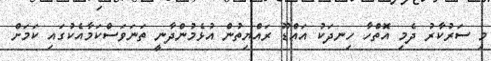
މި ސަރުކާރު ދެމި އޮތްހާ ހިނދަކު އައްޑޫ ރައްޔިތުން އުޅެމުންދާނީ ތަނަވަސްކަމާއެކުގައި ކަމަށް